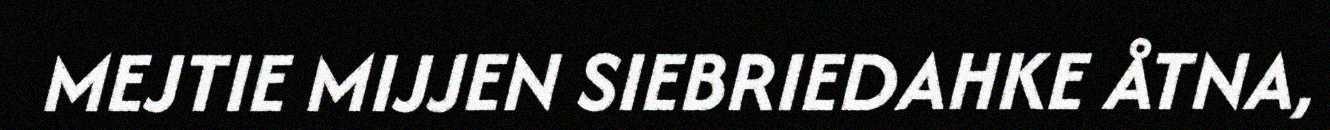
MEJTIE MIJJEN SIEBRIEDAHKE ÅTNA,